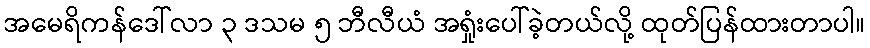
အမေရိကန်ဒေါ်လာ ၃ ဒသမ ၅ ဘီလီယံ အရှုံးပေါ်ခဲ့တယ်လို့ ထုတ်ပြန်ထားတာပါ။